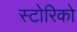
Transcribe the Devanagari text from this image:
स्टोरिको